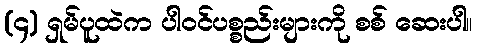
(၄) ရှမ်ပူထဲက ပါဝင်ပစ္စည်းများကို စစ် ဆေးပါ။